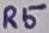
Text: R5